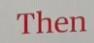
Then